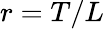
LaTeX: r=T/L